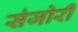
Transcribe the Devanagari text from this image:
संजोरी